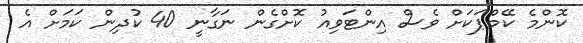
ކޮންމެ ކޭމްޕަކަށް ވެސް އިންޓަވިއު ކޮށްގެން ނަގާނީ 40 ކުދިން ކަމަށް އެ